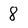
Character: 8